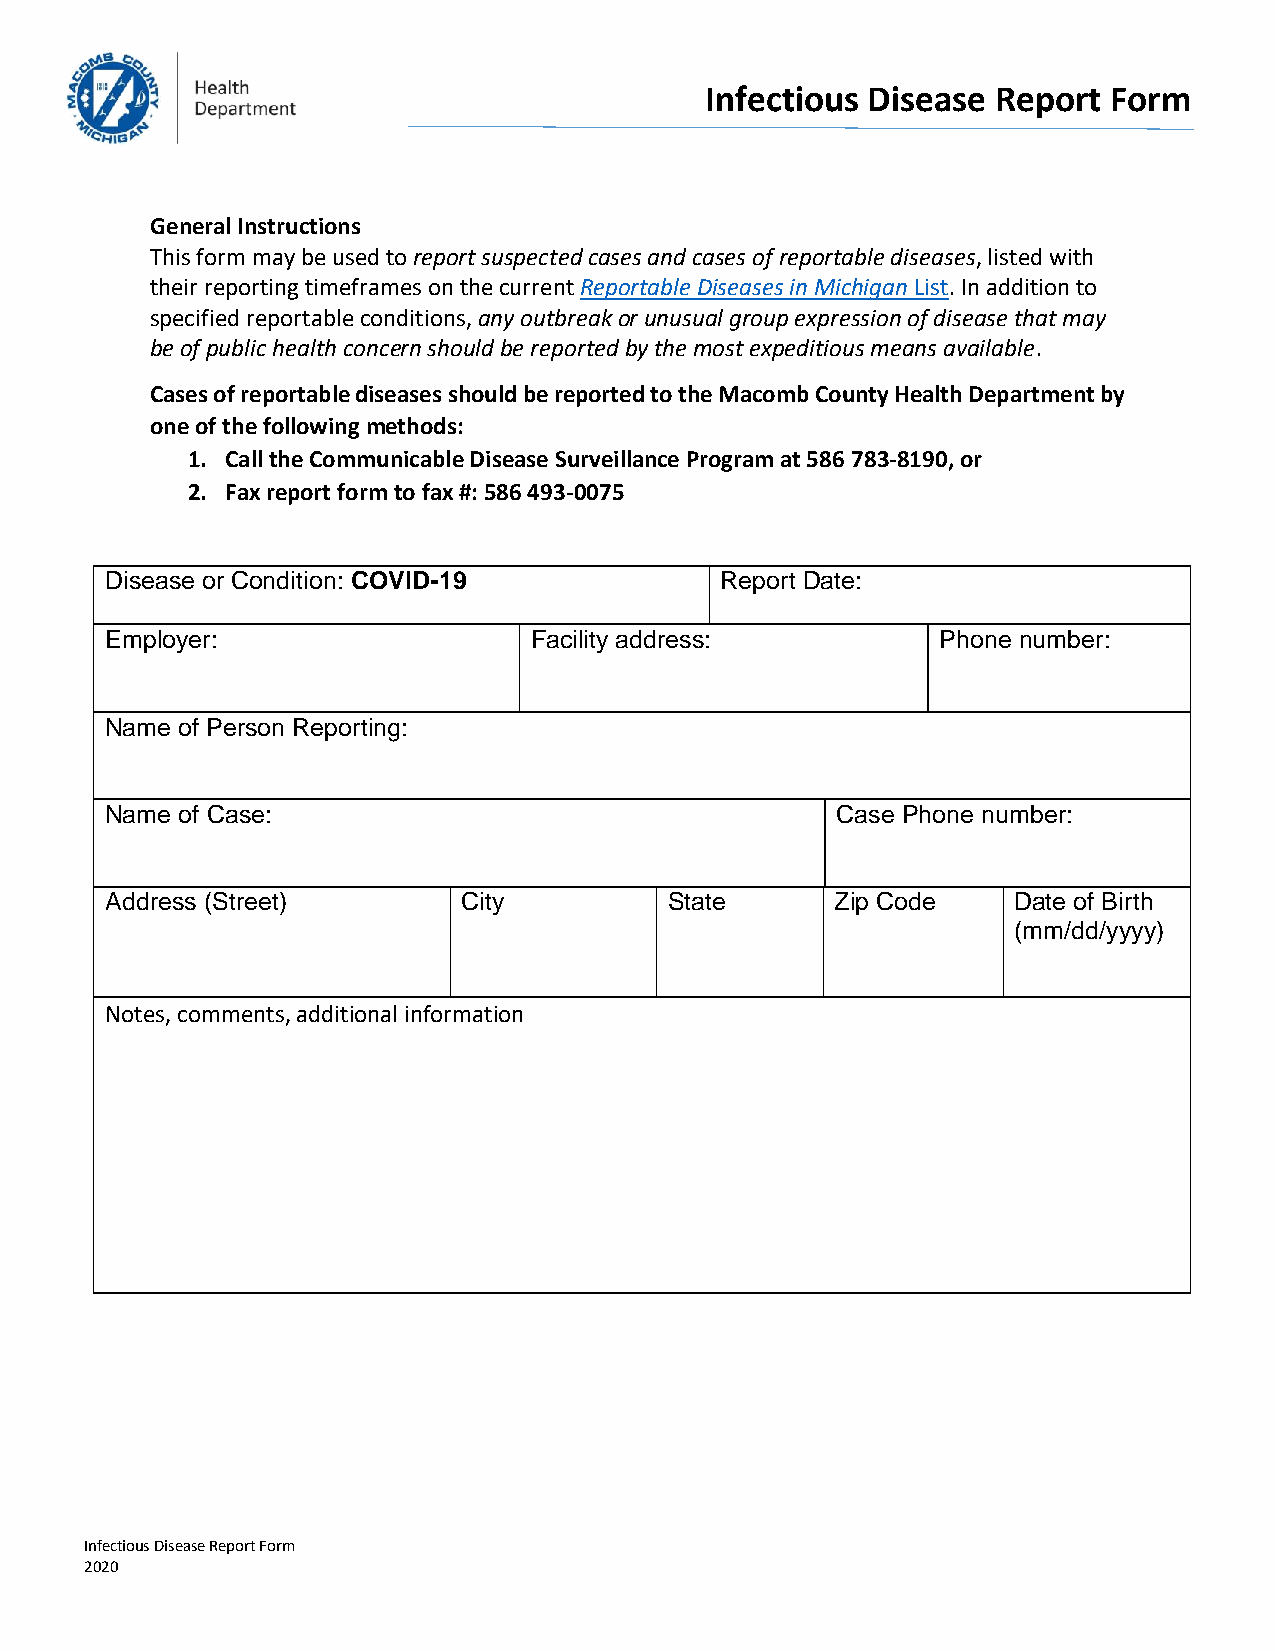
Infectious Disease Report Form
 General Instructions
 This form may be used to report suspected cases and cases of reportable diseases, listed with
 their reporting timeframes on the current Reportable Diseases in Michigan List. In addition to
 specified reportable conditions, any outbreak or unusual group expression of disease that may
 be of public health concern should be reported by the most expeditious means available.
 Cases of reportable diseases should be reported to the Macomb County Health Department by
 one of the following methods:
 1. Call the Communicable Disease Surveillance Program at 586 783-8190, or
 2. Fax report form to fax #: 586 493-0075
 Disease or Condition: COVID-19           Report Date:
 Employer:                   Facility address:          Phone number:
 Name of Person Reporting:
 Name of Case:                                   Case Phone number:
 Address (Street)        City         State      Zip Code    Date of Birth
 (mm/dd/yyyy)
 Notes, comments, additional information
 Infectious Disease Report Form
 2020